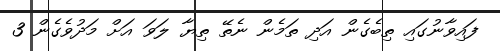
ފައިވާނުގައި ތިބެގެން އަދި ތަމެން ނެތޭ ތިޔާ ލަވަ އަށް މަދުވެގެން 3